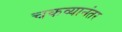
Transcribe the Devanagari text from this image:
चकव्यानंतर